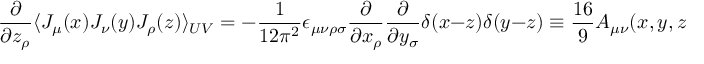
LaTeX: \frac { \partial } { \partial z _ { \rho } } \langle J _ { \mu } ( x ) J _ { \nu } ( y ) J _ { \rho } ( z ) \rangle _ { U V } = - \frac { 1 } { 1 2 \pi ^ { 2 } } \epsilon _ { \mu \nu \rho \sigma } \frac { \partial } { \partial x _ { \rho } } \frac { \partial } { \partial y _ { \sigma } } \delta ( x - z ) \delta ( y - z ) \equiv \frac { 1 6 } { 9 } { \cal A } _ { \mu \nu } ( x , y , z )